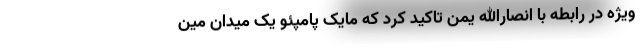
ویژه در رابطه با انصارالله یمن تاکید کرد که مایک پامپئو یک میدان مین